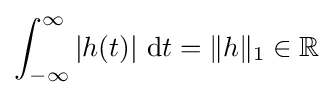
\int _{-\infty }^{\infty }\left|h(t)\right|\,{\mathord {\operatorname {d} }}t=\|h\|_{1}\in \mathbb {R}